Civil Veterinary Dept. Bombay admin report 1893-99 - 1893-1899
Year: 1893
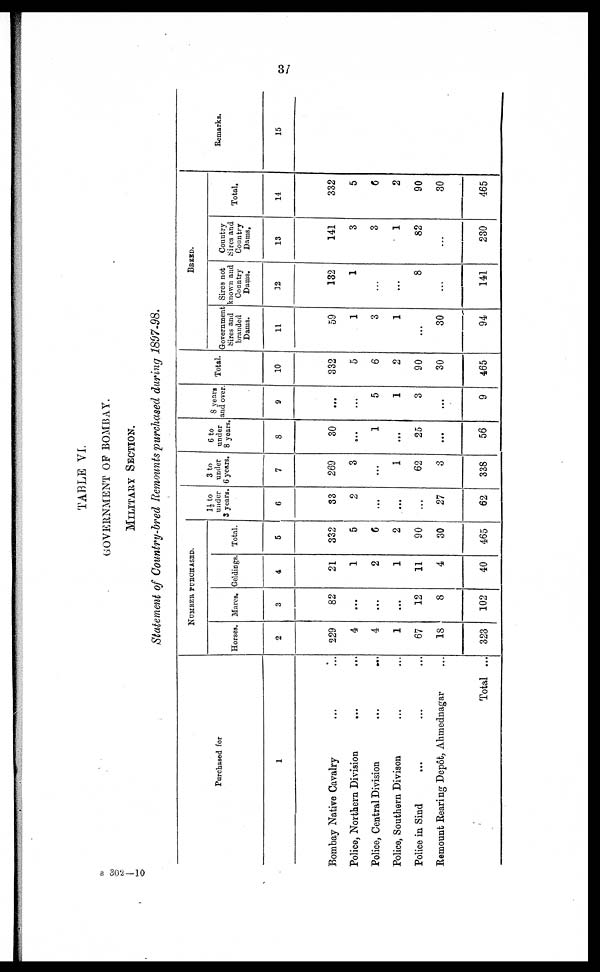
37
TABLE VI.
GOVERNMENT OF BOMBAY.
MILITARY SECTION.
Statement of Country-bred Remounts purchased during 1897-98.
Purchased for
1
Bombay Native Cavalry … …
Police, Northern Division … …
Police, Central Division
...
…
Police, Southern Divison … …
Police in Sind … … …
Remount Rearing Depôt, Ahmednagar …
Total ...
NUMBER PURCHASED.
Horses.
2
229
4
4
1
67
18
323
Mares.
3
82
...
...
...
12
8
102
Geldings.
4
21
1
2
1
11
4
40
Total.
5
332
5
6
2
90
30
465
1½ to
under
3 years.
6
33
2
...
...
...
27
62
3 to
under
6 years.
7
269
3
...
1
62
3
338
6 to
under
8 years.
8
30
…
1
...
25
...
56
8 yeas
and over
9
…
...
5
1
3
...
9
Total.
10
332
5
6
2
90
30
465
BREED.
Government
Sires and
branded
Dams.
11
59
1
3
1
...
30
94
Sires not
known and
Country
Dams.
12
132
1
…
...
8
...
141
Country
Sires and
Country
Dams,
13
141
3
3
1
82
...
230
Total.
14
332
5
6
2
90
30
465
Remarks.
15
B 302—10